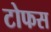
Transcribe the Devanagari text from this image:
टोफस